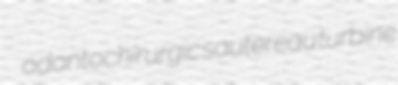
odontochirurgic sautereau turbine